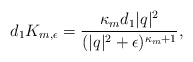
\begin{align*} d_1 K_{m,\epsilon} = \frac{\kappa_m d_1|q|^2}{(|q|^2+\epsilon)^{\kappa_m+1}}, \end{align*}